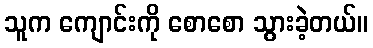
သူက ကျောင်းကို စောစော သွားခဲ့တယ်။